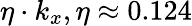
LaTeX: \eta\cdot k_{x},\eta\approx 0.124